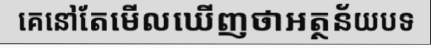
គេនៅតែមើលឃើញថាអត្ថន័យបទ